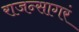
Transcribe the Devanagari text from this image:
राजन्सागरं